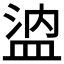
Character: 𰜖